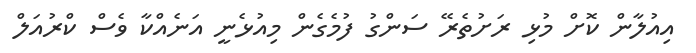
އިއުލާން ކޮށް މުޅި ރަށުތެރޭ ސަންގު ފުމެގެން މިއުޅެނީ އަނެއްކާ ވެސް ކްރުއަލް